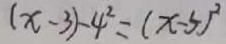
( x - 3 ) - 4 ^ { 2 } = ( x - 5 ) ^ { 2 }